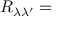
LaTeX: R _ { \lambda \lambda ^ { \prime } } =